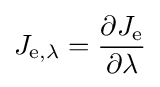
J_{\mathrm {e} ,\lambda }={\frac {\partial J_{\mathrm {e} }}{\partial \lambda }}